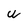
Character: w